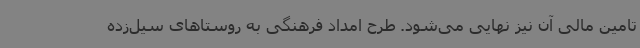
تامین مالی آن نیز نهایی می‌شود. طرح امداد فرهنگی به روستاهای سیل‌زده